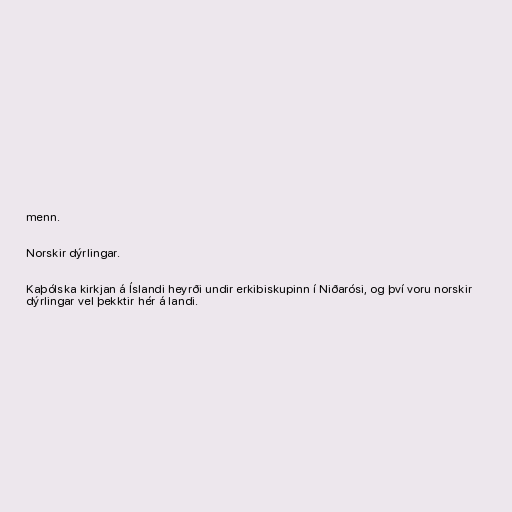
menn.

Norskir dýrlingar.

Kaþólska kirkjan á Íslandi heyrði undir erkibiskupinn í Niðarósi, og því voru norskir
dýrlingar vel þekktir hér á landi.